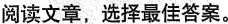
阅读文章,选择最佳答案.